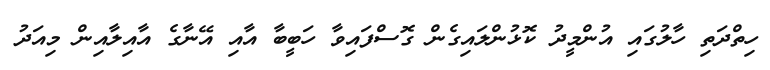
ހިތްދަތި ހާލުގައި އުންމީދު ކޮޅުންލައިގެން ގޮސްފައިވާ ހަބީބާ އާއި އޭނާގެ އާއިލާއިން މިއަދު